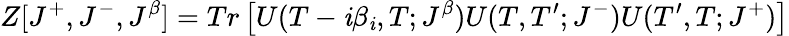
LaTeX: Z[J^{+},J^{-},J^{\beta}]=Tr\left[U(T-\mathit{i}\beta_{\mathit{i}},T;J^{\beta})U(T,T^{\prime};J^{-})U(T^{\prime},T;J^{+})\right]